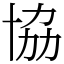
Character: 協